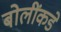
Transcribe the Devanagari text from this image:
बोलींकडे